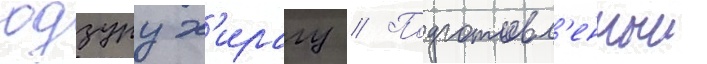
юдзуру х'ирагу // Подготовл'енныи